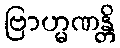
ဗြာဟ္မဏန္တိ